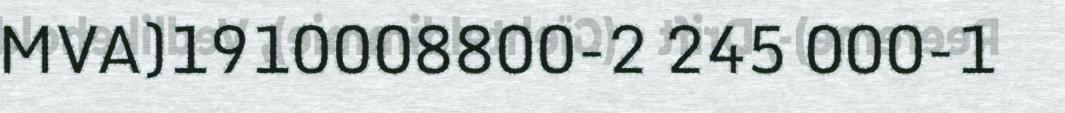
MVA)1910008800-2 245 000-1